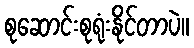
စုဆောင်းစုရုံးနိုင်တာပဲ။